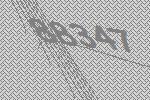
88347